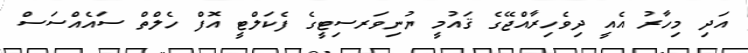
އަދި މިހާރު އެއީ ދިވެހިރާއްޖޭގެ ޤައުމީ ޔުނިވަރސިޓީގެ ފެކަލްޓީ އޮފް ހެލްތް ސައެއްސަސް